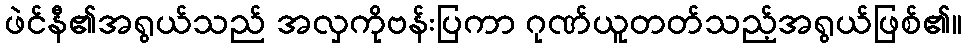
ဖဲင်နီ၏အရွယ်သည် အလှကိုဗန်းပြကာ ဂုဏ်ယူတတ်သည့်အရွယ်ဖြစ်၏။